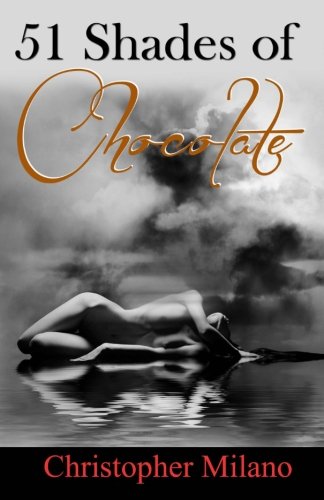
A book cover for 51 Shades of Chocolate; Christopher Milano; Literature & Fiction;